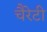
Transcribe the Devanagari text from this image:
चैरेटी